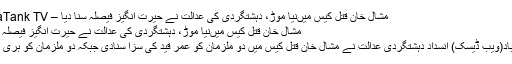
مشال خان قتل کیس میں‌نیا موڑ، دہشتگردی کی عدالت نے حیرت انگیز فیصلہ سنا دیا – ApnaTank TV
مشال خان قتل کیس میں‌نیا موڑ، دہشتگردی کی عدالت نے حیرت انگیز فیصلہ سنا دیا
اسلام آباد(ویب ڈیسک) انسداد دہشتگردی عدالت نے مشال خان قتل کیس میں دو ملزمان کو عمر قید کی سزا سنادی جبکہ دو ملزمان کو بری کر دیا۔